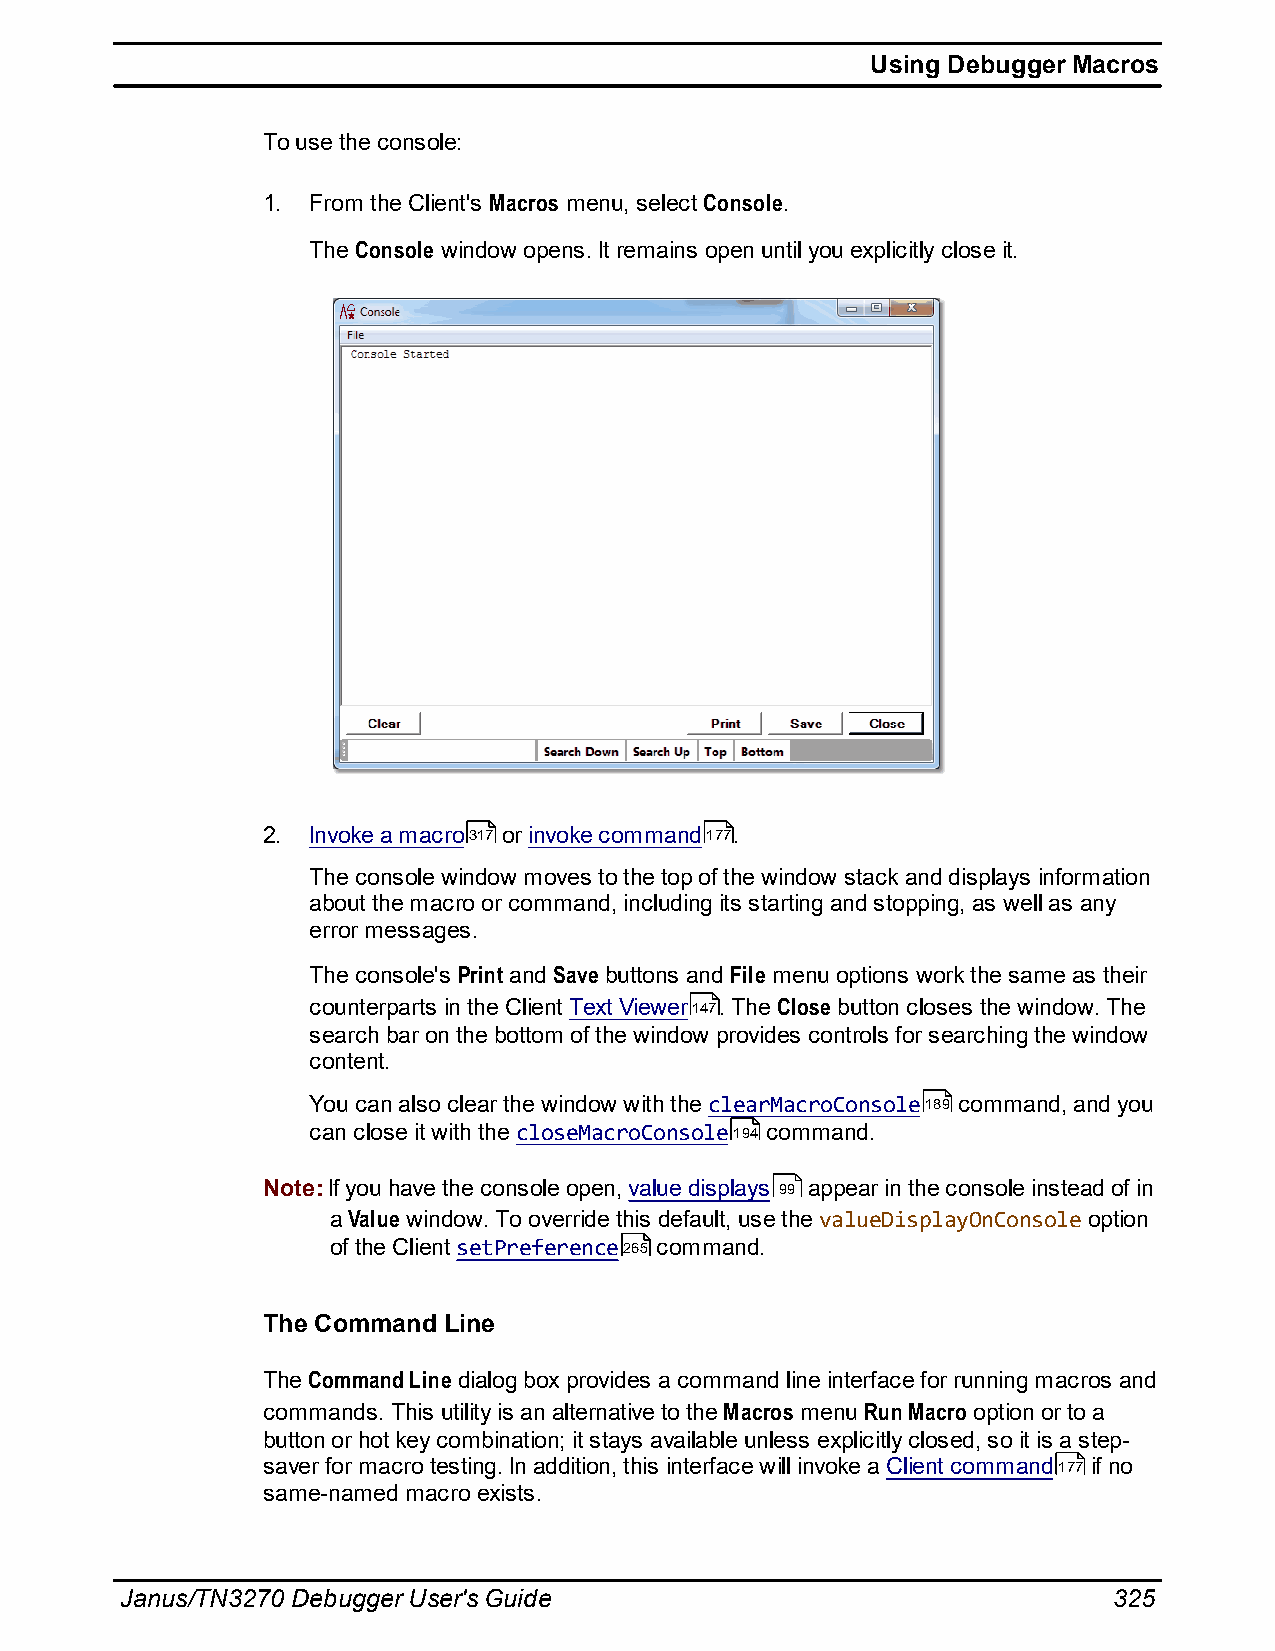
Using Debugger Macros
 To use the console:
 1. From the Client's Macros menu, select Console.
 The Console window opens. It remains open until you explicitly close it.
 2. Invoke a macro317 or invoke command177.
 The console window moves to the top of the window stack and displays information
 about the macro or command, including its starting and stopping, as well as any
 error messages.
 The console's Print and Save buttons and File menu options work the same as their
 counterparts in the Client Text Viewer147. The Close button closes the window. The
 search bar on the bottom of the window provides controls for searching the window
 content.
 You can also clear the window with the clearMacroConsole189 command, and you
 can close it with the closeMacroConsole194 command.
 Note: If you have the console open, value displays 99 appear in the console instead of in
 a Value window. To override this default, use the valueDisplayOnConsole option
 of the Client setPreference265 command.
 The Command Line
 The Command Line dialog box provides a command line interface for running macros and
 commands. This utility is an alternative to the Macros menu Run Macro option or to a
 button or hot key combination; it stays available unless explicitly closed, so it is a step-
 saver for macro testing. In addition, this interface will invoke a Client command177 if no
 same-named macro exists.
 Janus/TN3270 Debugger User's Guide                                325